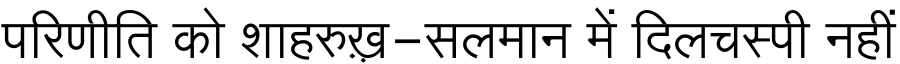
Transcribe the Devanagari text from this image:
परिणीति को शाहरुख़़-सलमान में दिलचस्पी नहीं